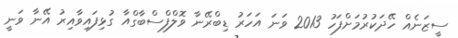
ސީޒަނެއް ހޭދަކުރުމަށްފަހު 2013 ވަނަ އަހަރު ޑިބްރޭނާ ވޮލްފްސްބާގްއާ ގުޅިފައިވާއިރު އޭނާ ވަނީ